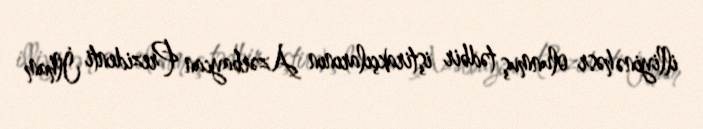
illiyinə həsr olunmuş tədbir iştirakçılarının Azərbaycan Prezidenti İlham